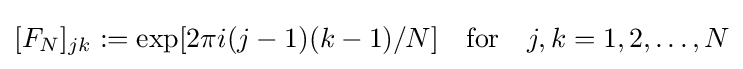
[F_{N}]_{jk}:=\exp[2\pi i(j-1)(k-1)/N]{\quad {\rm {for\quad }}}j,k=1,2,\dots ,N